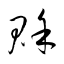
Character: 賖